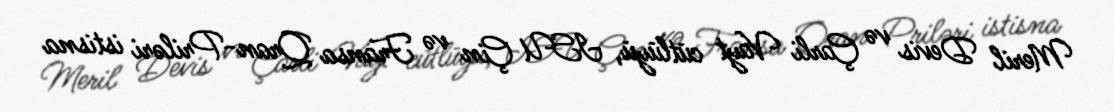
Meril Devis və Çarli Vayt cütlüyü, ISU Çin və Fransa Qran-Priləri istisna